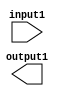
module behavior_modeling_block (
    input wire input1,
    output reg output1
);

initial begin
    // Initialization code here
end

endmodule